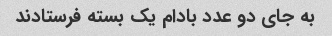
به جای دو عدد بادام یک بسته فرستادند